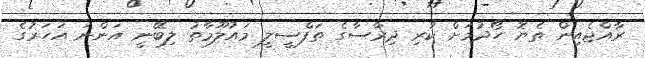
ރާއްޖެއިން ތެޔޮ ހޯދުމަށް ކުރި ދިރާސާގެ ތަފްސީލީ މައުލޫމާތު ލިބޭނީ އަންނަ އަހަރުގެ